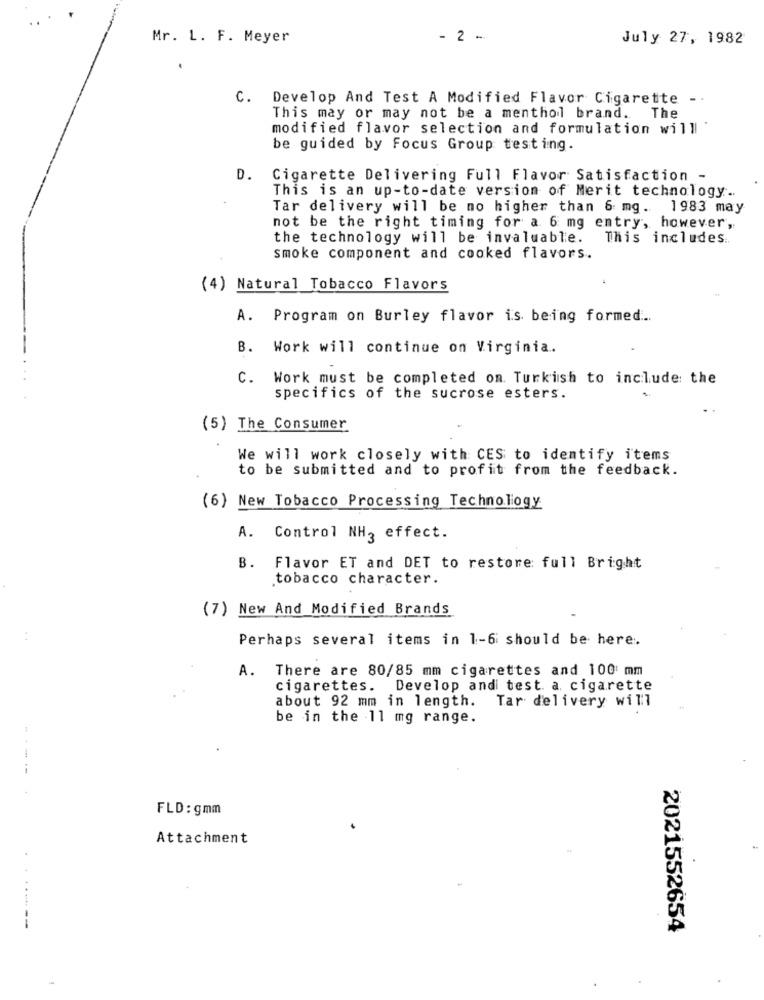
Mr. L. F. Meyer
- 2 -
July 27, 1982
C. Develop And Test A Modified Flavor Cigarette -.
This may or may not be a menthol brand.
The
modified flavor selection and formulation willl '
be guided by Focus Group testing.
D. Cigarette Delivering Full Flavor Satisfaction -
This is an up-to-date version of Merit technology ..
Tar delivery will be mo higher than 6 mg. 1983 may
not be the right timing for a 6 mg entry, however,
the technology will be invaluable.
This includes ..
smoke component and cooked flavors.
(4) Natural Tobacco Flavors
A. Program on Burley flavor is being formed ...
B. Work will continue on Virginia ..
C. Work must be completed on. Turkish to include the
specifics of the sucrose esters.
(5) The Consumer
We will work closely with CES to identify items
to be submitted and to profit from the feedback.
(6) New Tobacco Processing Technology
A. Control NH2 effect.
B. Flavor ET and DET to restore full Bright
tobacco character.
(7) New And Modified Brands
Perhaps several items in 1-6 should be here.
A. There are 80/85 mm cigarettes and 100 mm
cigarettes. Develop andi test. a cigarette
about 92 mm in length. Tar delivery will
be in the 11 mg range.
FLD: gmm
Attachment
.----
2021552654